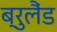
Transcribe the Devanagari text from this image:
ब्रुलैंड